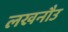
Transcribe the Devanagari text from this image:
लखनौउ